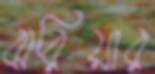
ঝরিয়ার